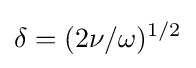
\delta =(2\nu /\omega )^{1/2}